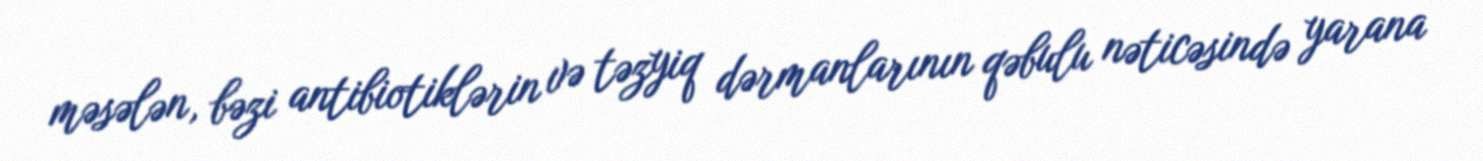
məsələn, bəzi antibiotiklərin və təzyiq dərmanlarının qəbulu nəticəsində yarana